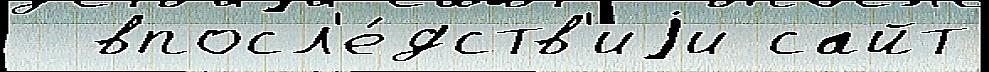
  впосл'е́дств'иjи сайт